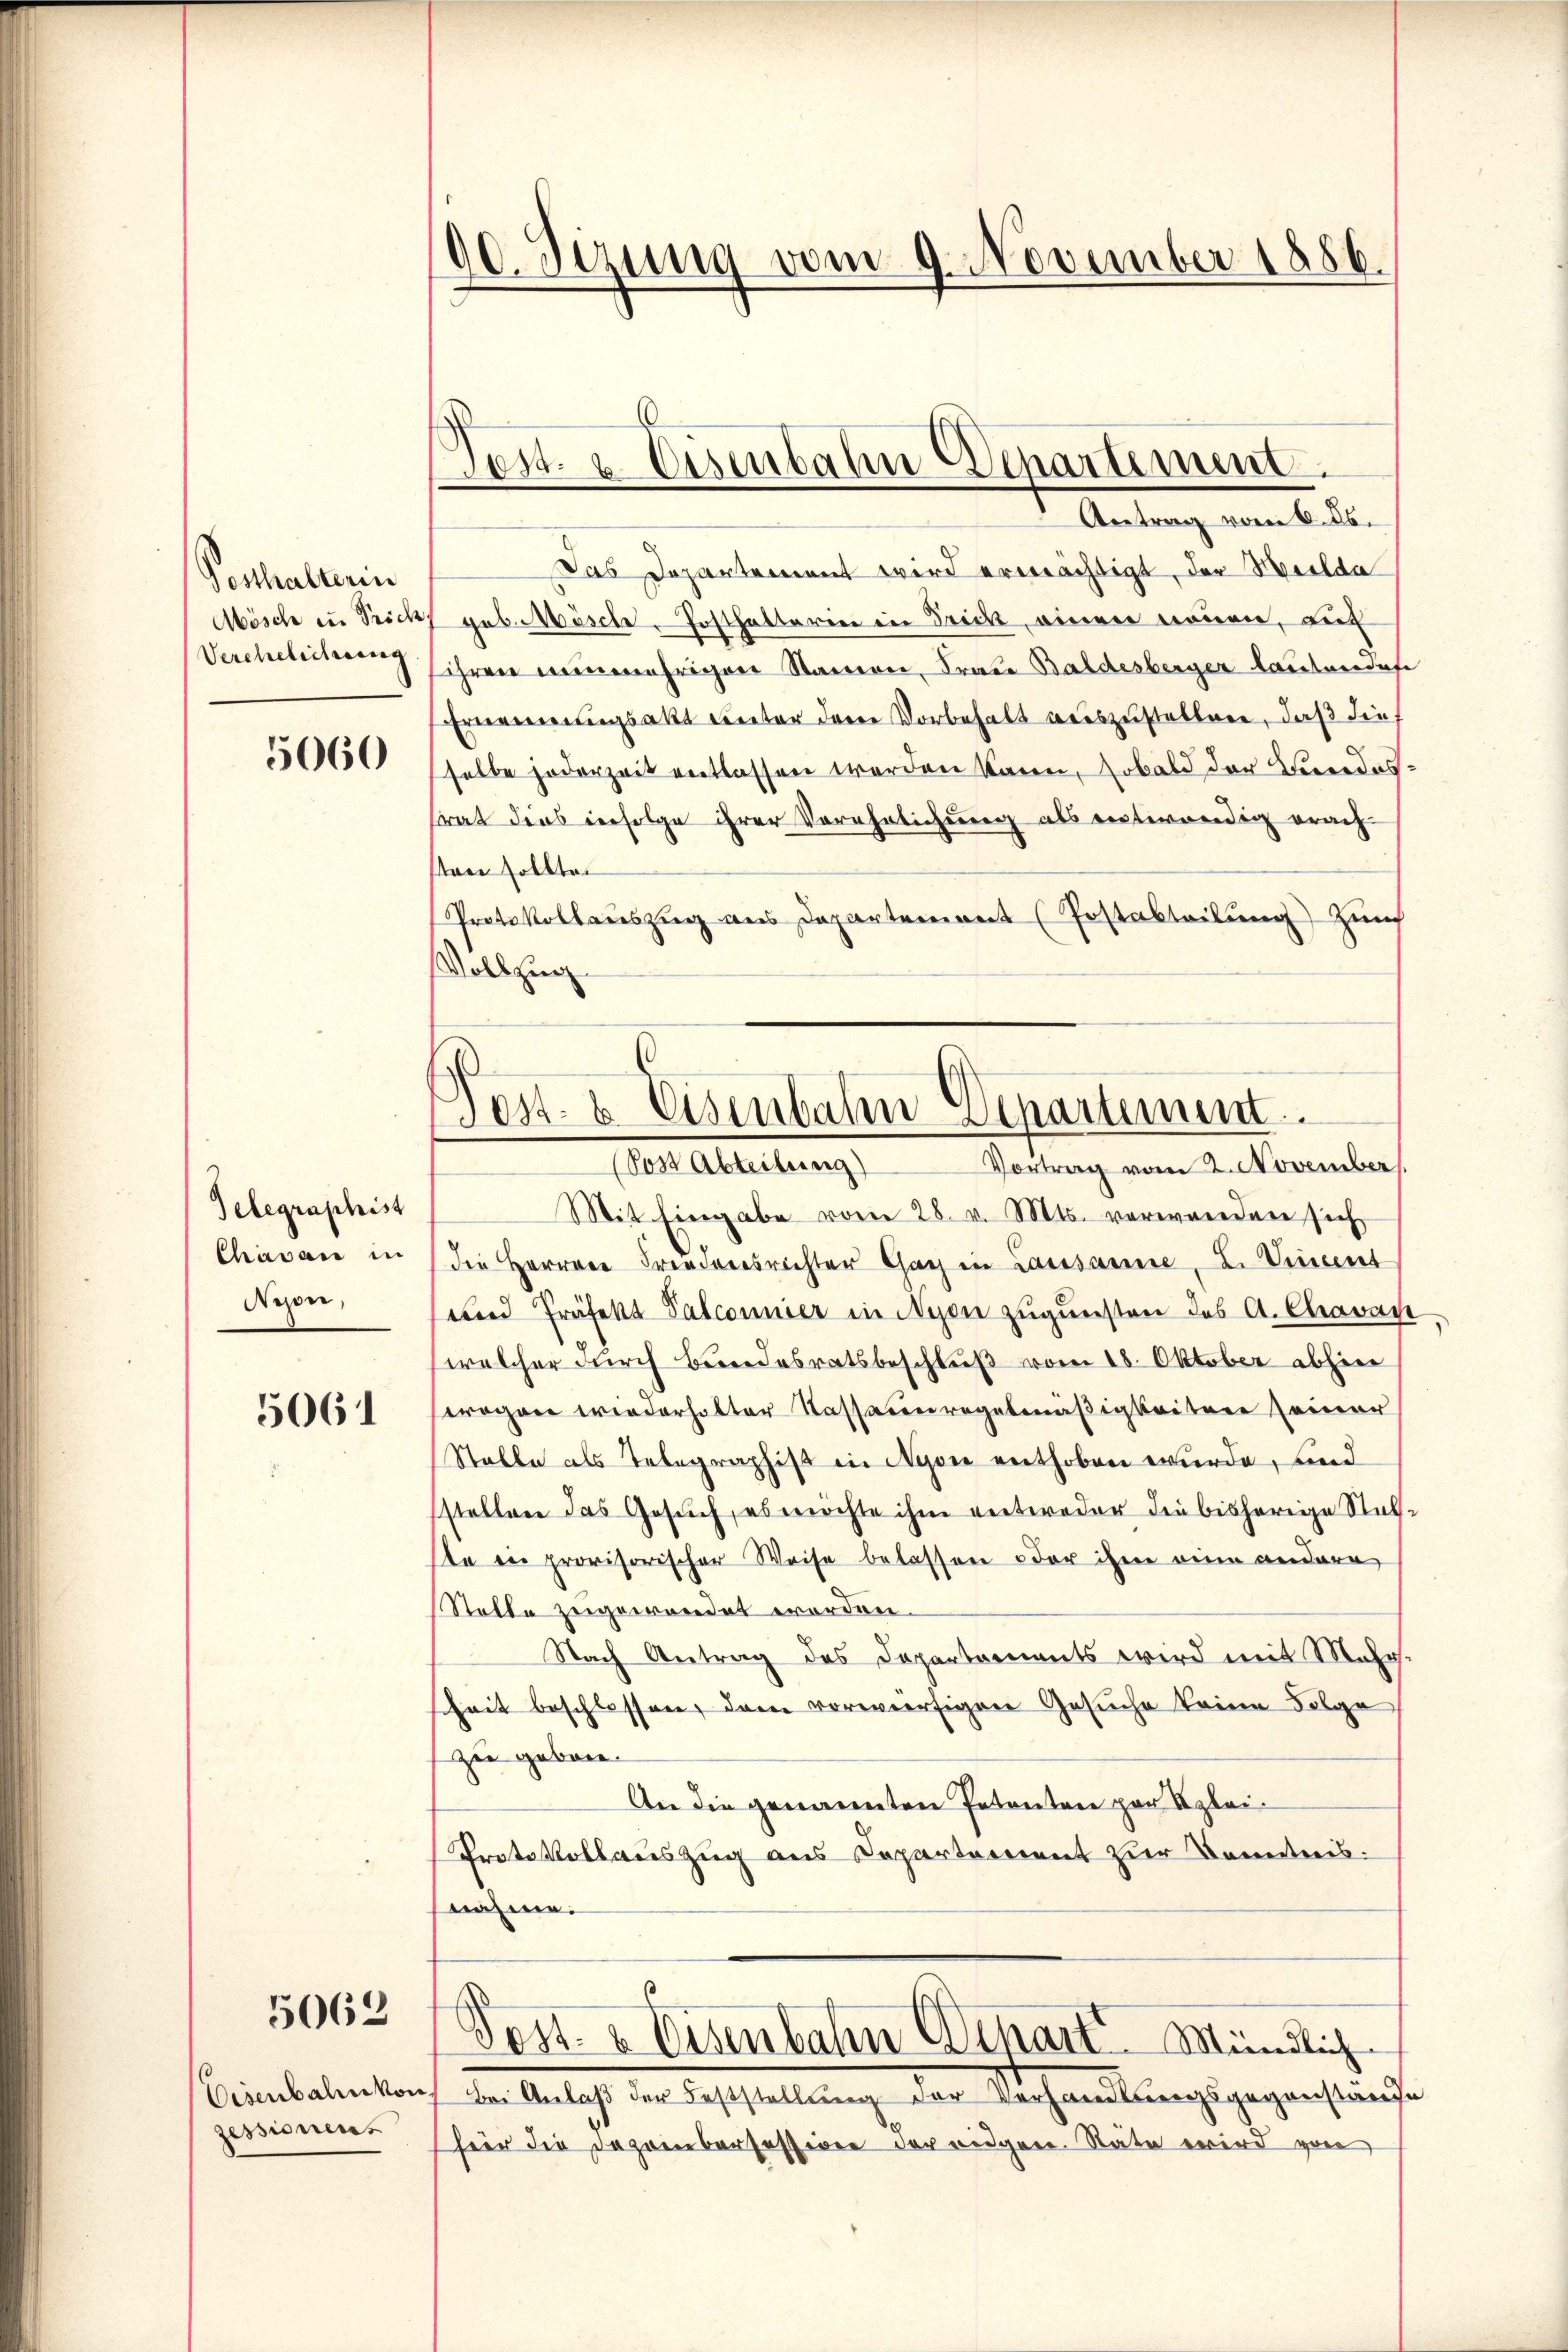
Posthalterin
Mösche zu Trich,

5060

Telegraphist
Chavan in
Nyon,

5061

5062

Eisenbale von
sessionen.

90. Sezung vom 9. November 1886.

Das Departement wird ermächtigt, der Meilda
geb. Mösche Posthalterin in Frick, einen nouen, auf
Verehelichen ihren nunmehrigen Namen, Fraue Baldesberger lautverdafe
Ernennungsakt unter deren Vorbehalt auszustellen, daß die
selbe jederzeit entlassen werden kann, sobald der Bundestrat dies infolge ihrer Verehrlichung als entwendig erach
sten sollten
Protokollauszug aus Departement (Postabteilung Zürch
Vollzug

Test. u. Eisenbahn Departement.
Antrag vom 6. ds.

os. 8 Eisenbahn Separtinen.
(Post Abteilung)
Vortrag vom 2. November

Mit Eingabe vom 28. v. Mts. verwenden sich
die Herren Friedensrichter Gar in Lausanne, 2. Vincet
und Präfekt Palconnier in Nyon zugunsten des A. Charac
welcher durch Bundesratsbeschluß vom 18. Oktober abhier
wrogar wiederholter Kassaunregelmäßigkeitere seiner
Stelle als Telegraphist in Nyon enthoben wurde, und
stellen das Gesuch, es möchte ihm entweder die bisherige Statte in provisorischer Weise belassen oder ihm eine andere
Stelle zugewendet worden.
Nach Antrag des Departarents wird mit Mehrheit beschlossen, dem vorwürfigen Gesuche keine Folge
zu geboren
An die genannten Petenten zur Klei¬
Protokollauszug aus Departement zur Kenntnis.
nahme.
Post & Eisenbahn Ochart Mündlich
Bei Anlaß der Feststellung der Verhandlungsgegenstände
hier die Dezembersessiven der eidgen. Stäte wird von